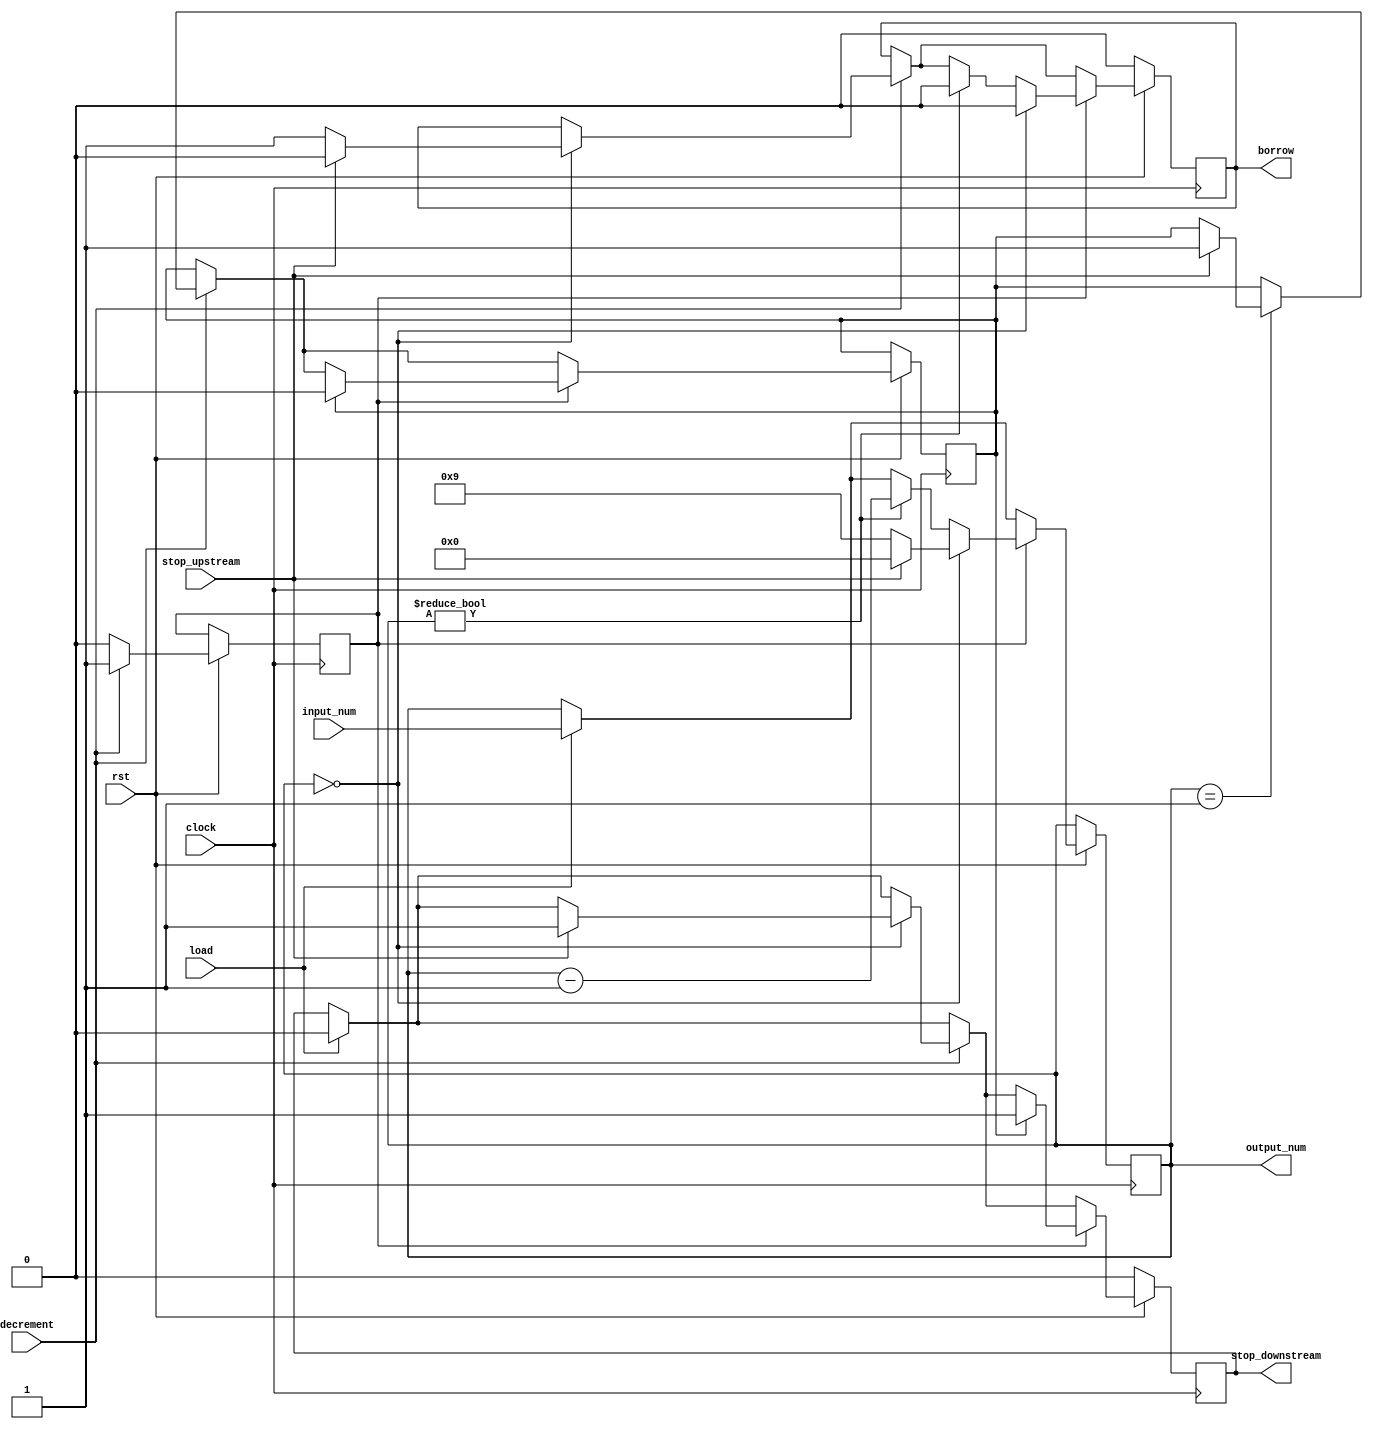
module timer_digit2(decrement,load,input_num,output_num,stop_upstream,stop_downstream,borrow,clock,rst);
input decrement,load;
input clock,rst;
input [3:0] input_num;
input stop_upstream;
output [3:0] output_num;
output stop_downstream,borrow;

reg[3:0] num;
reg flag,flag2;
reg stop_down,b;

always @(posedge clock)
begin
 if(rst==0)
 begin
  stop_down=0;
  b<=0;
 end

 else
 begin
  if(load==1)
  begin
  stop_down<=0;
  num<=input_num;
  end
  if(decrement==1)
  begin
    if(num==4'b0001)
    begin
     if(stop_upstream==1)
     begin
       flag2<=1;
     end
    end
    if(num==4'b0000)
    begin
     if(stop_upstream==1)
     begin
      stop_down<=1;
      b<=0;
     end
     else
     begin
      b<=1;
     end
    end
   flag<=1;
  end
  else flag<=0;
  if(flag==1)
  begin
    if(flag2==1)
    begin
     stop_down<=1;
     flag2<=0;
    end
    if(num==4'b0000)
    begin
     b<=0;
     if(stop_upstream==1)
     begin
      num<=4'b0000;
     end
     else
     begin
      num<=4'b1001;
     end
    end
    else if(num!=4'b0000)
    begin
    b<=0;
    num<=num-4'b0001;
    end
  end
 end

end
assign output_num=num;
assign stop_downstream=stop_down;
assign borrow=b;
endmodule